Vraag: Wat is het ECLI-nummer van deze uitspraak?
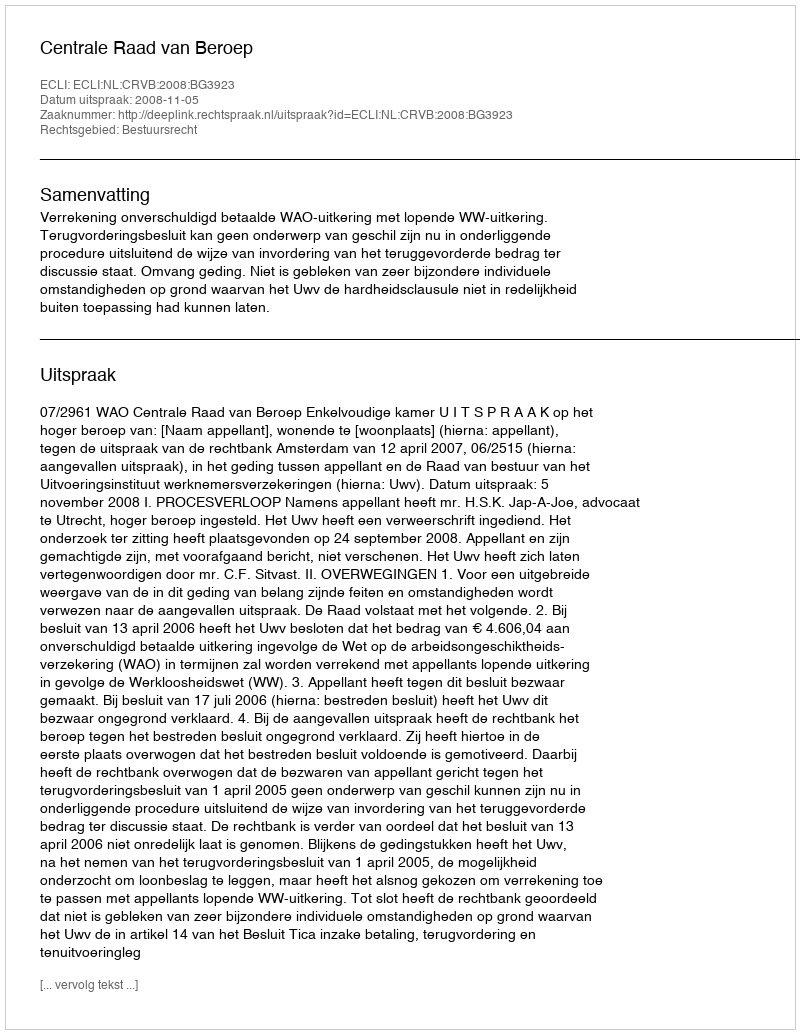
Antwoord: ECLI:NL:CRVB:2008:BG3923